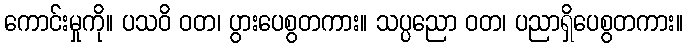
ကောင်းမှုကို။ ပသဝိ ဝတ၊ ပွားပေစွတကား။ သပ္ပညော ဝတ၊ ပညာရှိပေစွတကား။